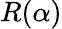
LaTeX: R(\alpha)